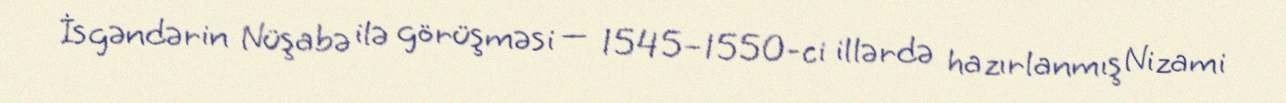
İsgəndərin Nüşabə ilə görüşməsi — 1545–1550-ci illərdə hazırlanmış Nizami